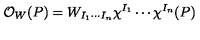
{ \cal O } _ { W } ( P ) = W _ { I _ { 1 } \cdots I _ { n } } \chi ^ { I _ { 1 } } \cdots \chi ^ { I _ { n } } ( P )